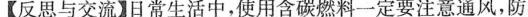
【反思与交流】日常生活中，使用含碳燃料一定要注意通风，防